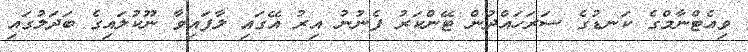
ވިއެޓްނާމްގެ ކަނޑުގެ ސަރަހައްދުން ޓޭންކަރު ފެނުނު އިރު އޭގައި ލާފައިވާ ނޫކުލައިގެ ބަދަލުގައި